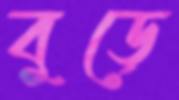
বুড়ে